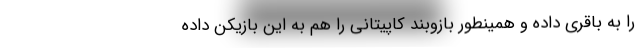
را به باقری داده و همینطور بازوبند کاپیتانی را هم به این بازیکن داده